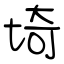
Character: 埼